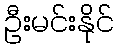
ဦးမင်းနိုင်